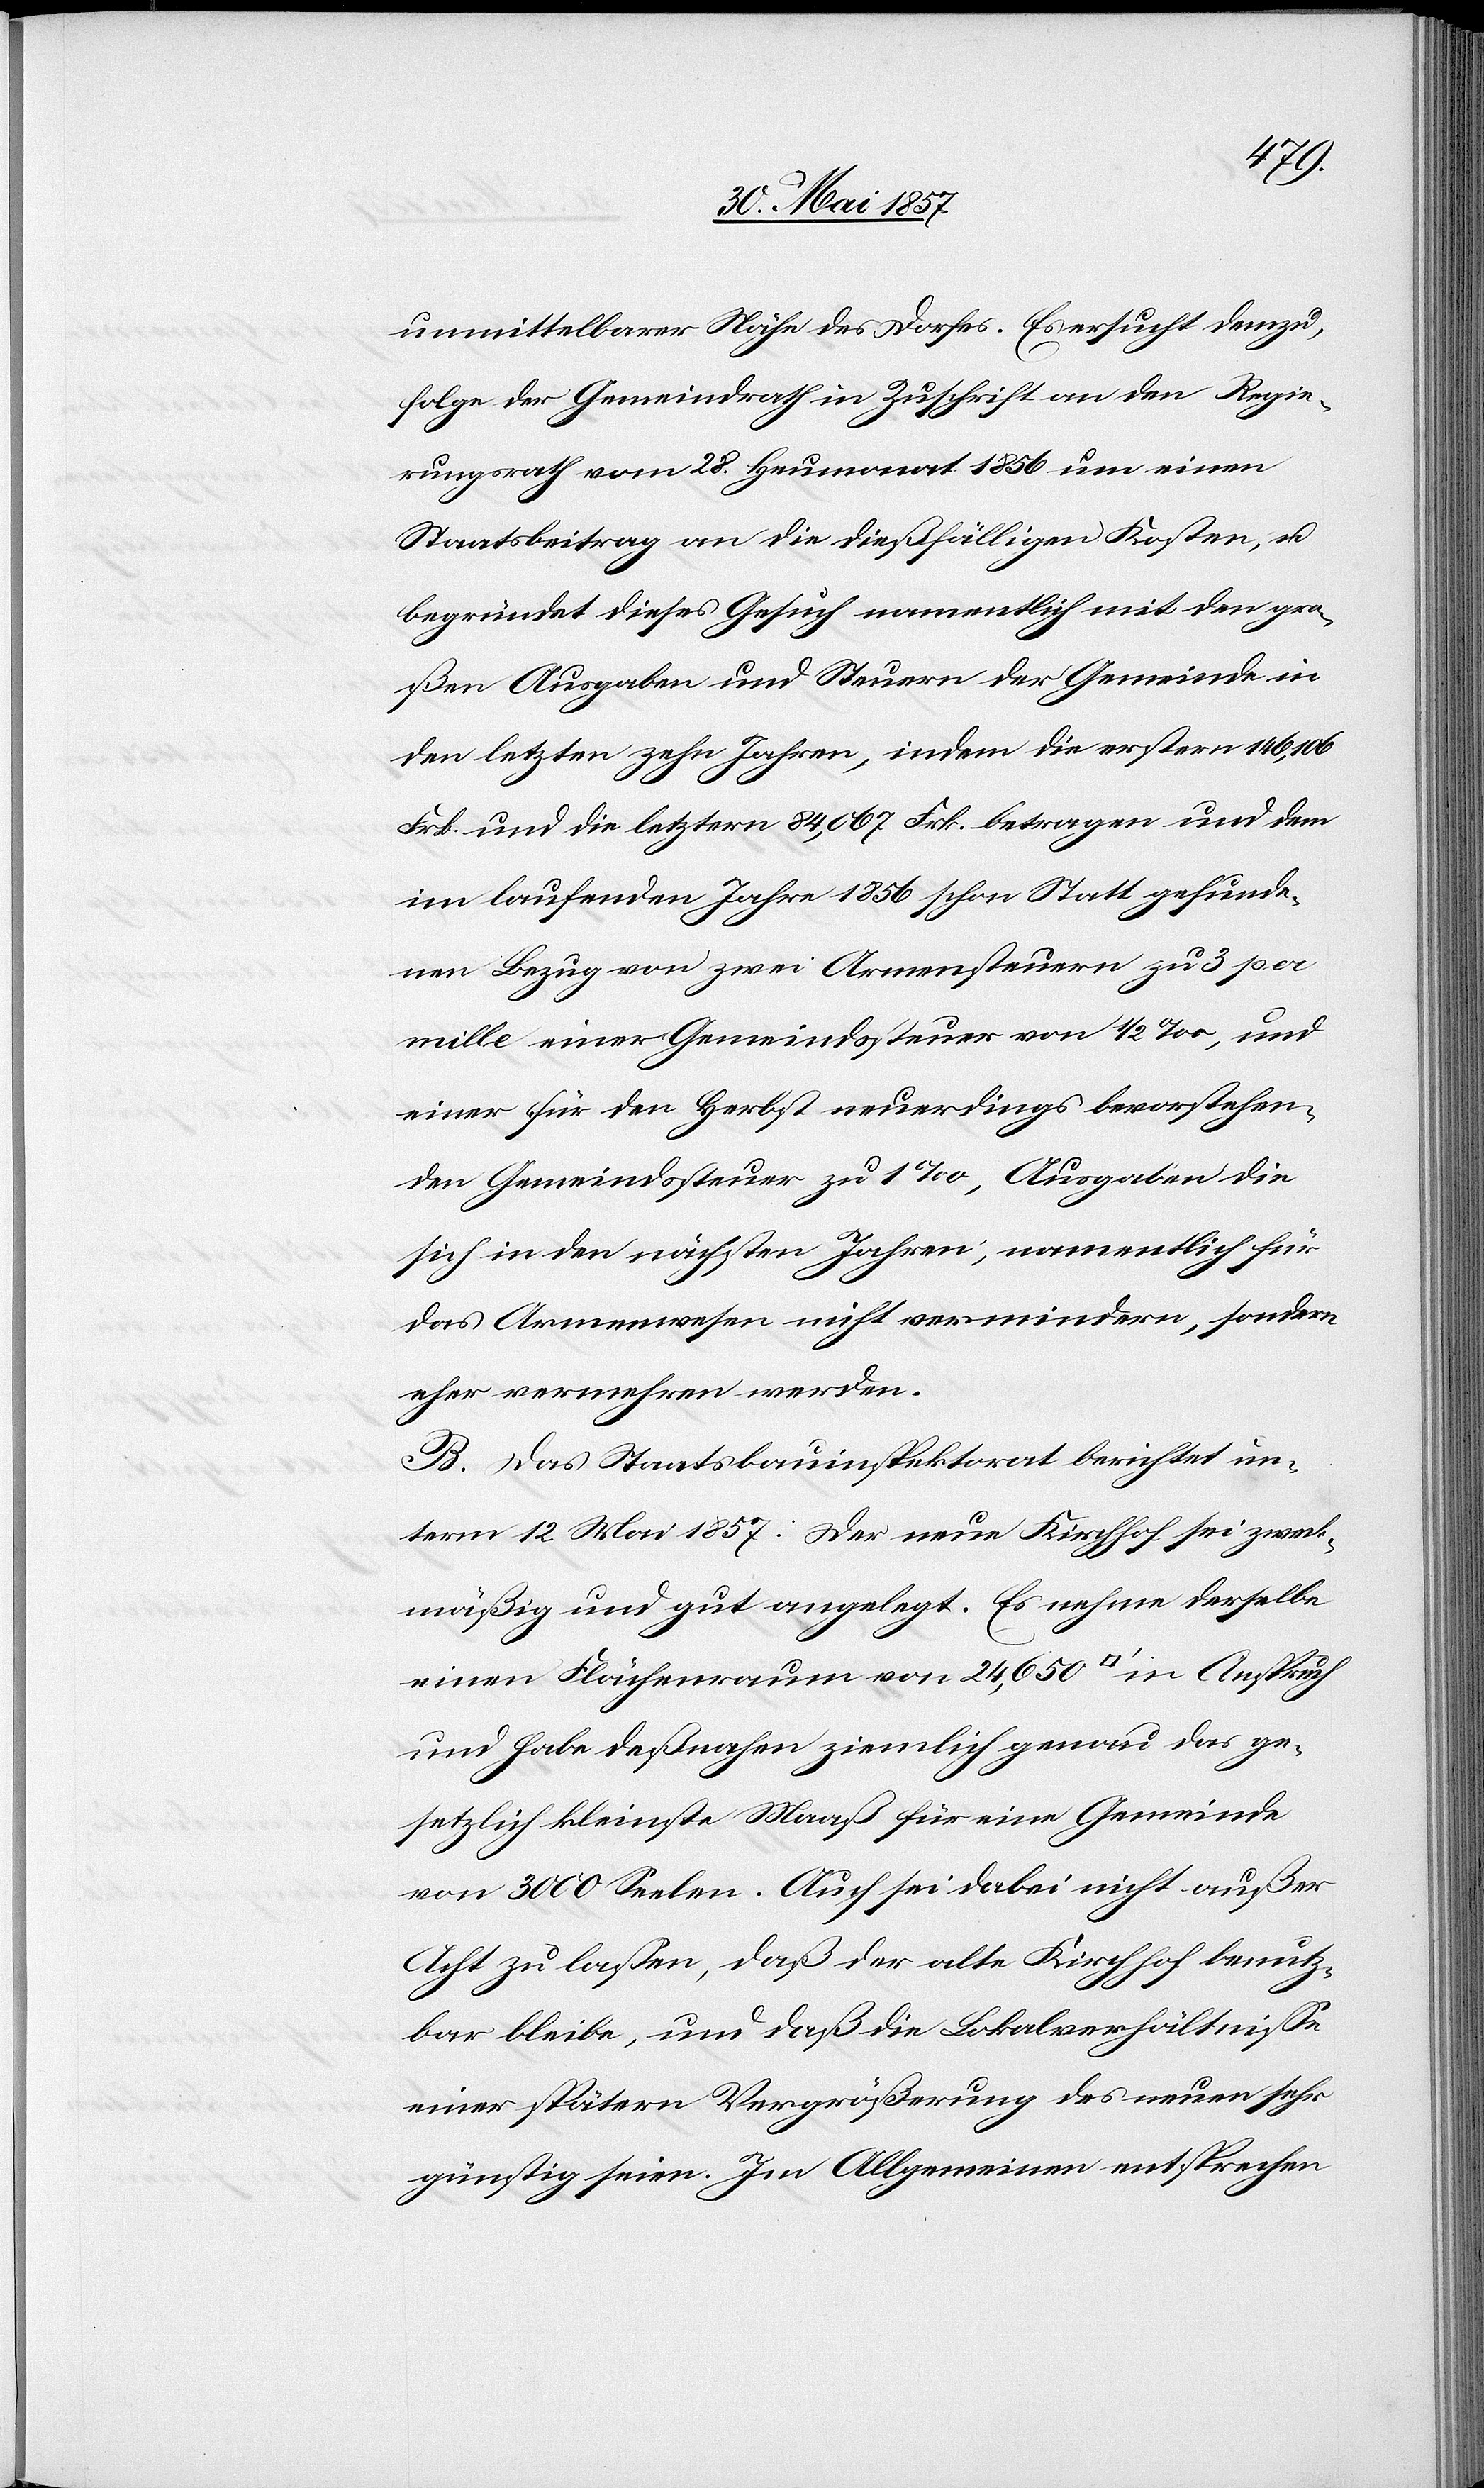
unmittelbarer Nähe des Dorfes. Es ersucht demzu¬
folge der Gemeindrath in Zuschrift an den Regie¬
rungsrath vom 28 Heumonat 1856 um einen
Staatsbeitrag an die dießfälligen Kosten, &
begründet dieses Gesuch namentlich mit den gro¬
ßen Ausgaben und Steuern der Gemeinde in
den letzten zehn Jahren, indem die erstern 146,106
Frk. und die letztern 84,067 Frk. betragen und dem
im laufenden Jahre 1856 schon Statt gefunde¬
nen Bezug von zwei Armensteuern zu 3 pro
mille einer Gemeindssteuer von 1/2 ‰, und
einer für den Herbst neuerdings bevorstehen¬
den Gemeindssteuer zu 1‰, Ausgaben die
sich in den nächsten Jahren, namentlich für
das Armenwesen nicht vermindern, sondern
eher vermehren werden.
B. Das Staatsbauinspektorat berichtet un¬
term 12 Mai 1857: Der neue Kirchhof sei zweck¬
mäßig und gut angelegt. Es nehme derselbe
einen Flächenraum von 24,650 [Quadratfuß] in Anspruch
und habe deßnahen ziemlich genau das ge¬
setzlich kleinste Maaß für eine Gemeinde
von 3000 Seelen. Auch sei dabei nicht außer
Acht zu lassen, daß der alte Kirchhof benutz¬
bar bleibe, und daß die Lokalverhältnisse
einer spätern Vergrößerung des neuen sehr
günstig seien. Im Allgemeinen entsprechen